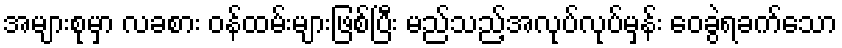
အများစုမှာ လခစား ဝန်ထမ်းများဖြစ်ပြီး မည်သည့်အလုပ်လုပ်မှန်း ဝေခွဲရခက်သော